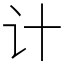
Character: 计